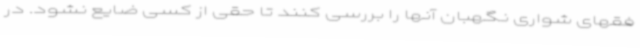
فقهای شواری نگهبان آنها را بررسی کنند تا حقی از کسی ضایع نشود. در